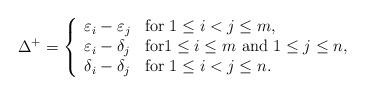
LaTeX: \begin{align*} \Delta^+=\left\{\begin{array}{ll}\varepsilon_{i} - \varepsilon_{j} &\hbox{for $1\le i< j\le m$,}\\\varepsilon_{i} -\delta_j &\hbox{for$1\le i\le m$ and $1\le j\le n$,}\\\delta_{i} - \delta_{j} &\hbox{for $1\le i< j\le n$.}\end{array}\right.\end{align*}